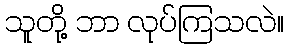
သူတို့ ဘာ လုပ်ကြသလဲ။